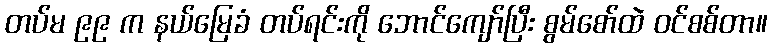
တပ်မ ၉၉ က နယ်မြေခံ တပ်ရင်းကို ဘောင်ကျော်ပြီး စွမ်စော်ထဲ ဝင်စစ်တာ။